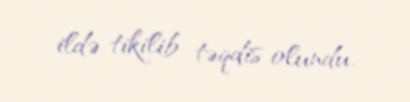
ildə tikilib təqdis olundu.